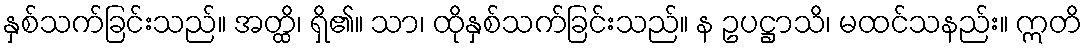
နှစ်သက်ခြင်းသည်။ အတ္ထိ၊ ရှိ၏။ သာ၊ ထိုနှစ်သက်ခြင်းသည်။ န ဥပဋ္ဌာသိ၊ မထင်သနည်း။ ဣတိ